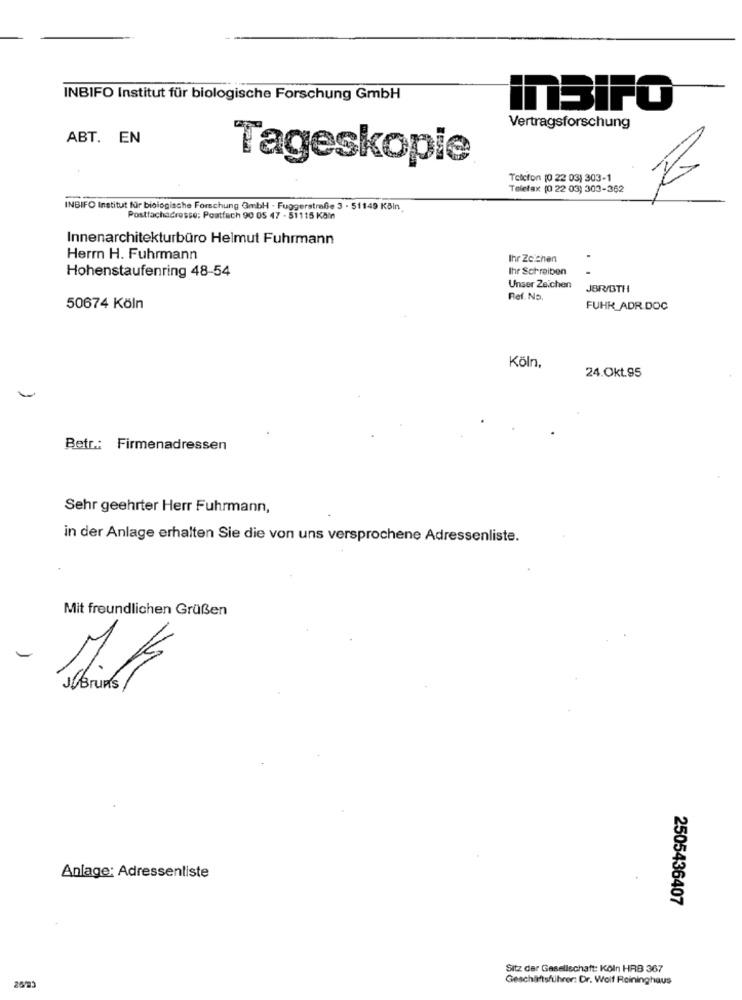
INBIFO Institut für biologische Forschung GmbH
ITBIFO
Vertragsforschung
ABT. EN
Tageskopie
Telefon [0 22 03) 303-1
Telefax (0 22 03) 303-362
INBIFO Institut für biologische Forschung GmbH - Fuggerstraße 3 - 51149 Köln
Postfachadresse: Postfach 90 05 47 - 51115 Köln
Innenarchitekturbüro Helmut Fuhrmann
Herrn H. Fuhrmann
Ihr Zeichen
Hohenstaufenring 48-54
Ihr Schreiben
Unser Zeichen
JBR/BTH
Ref. No.
50674 Köln
FUHR_ADR.DOC
Köln,
24.Okt.95
Betr .: Firmenadressen
Sehr geehrter Herr Fuhrmann,
in der Anlage erhalten Sie die von uns versprochene Adressenliste.
Mit freundlichen Grüßen
JUBruns
Anlage: Adressenliste
2505436407
Sitz der Gesellschaft: Köln HRB 367
Geschäftsführer: Dr. Wolf Reininghaus
25/23